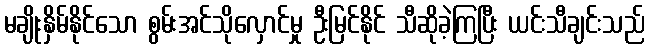
မချိုးနှိမ်နိုင်သော စွမ်းအင်သိုလှောင်မှု ဦးမြင်နိုင် သီဆိုခဲ့ကြပြီး ယင်းသီချင်းသည်